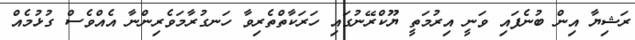
ރަޝިޔާ އިން ބުނެފައި ވަނީ އިރުމަތީ ޔޫކްރޭނުގައި ހަރަކާތްތެރިވާ ހަނގުރާމަވެރިންނާ އެއްވެސް ގުޅުމެއް